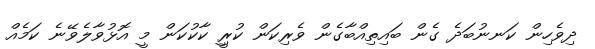
ދިވެހިން ކަނނުބަދެ ގެން ބައިތިއްބާގެން ވެރިކަން ކުރިީ ކާކުކަން މީ އޮޅުވާލެވޭނެ ކަމެއް